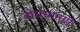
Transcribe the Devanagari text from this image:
बोधसामग्री